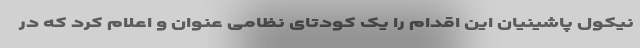
نیکول پاشینیان این اقدام را یک کودتای نظامی عنوان و اعلام کرد که در